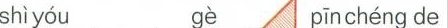
shì yóu gè pīn chéng de